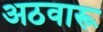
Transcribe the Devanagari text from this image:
अठवारू